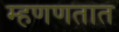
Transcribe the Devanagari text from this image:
म्हणणतात